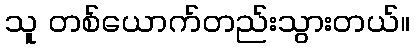
သူ တစ်ယောက်တည်းသွားတယ်။